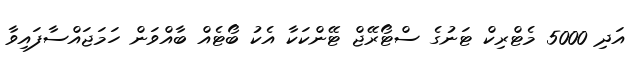
އަދި 5000 މެޓްރިކް ޓަނުގެ ސްޓޯރޭޖް ޓޭންކަކާ އެކު ބޯޓެއް ބާއްވަން ހަމަޖައްސާފައިވާ